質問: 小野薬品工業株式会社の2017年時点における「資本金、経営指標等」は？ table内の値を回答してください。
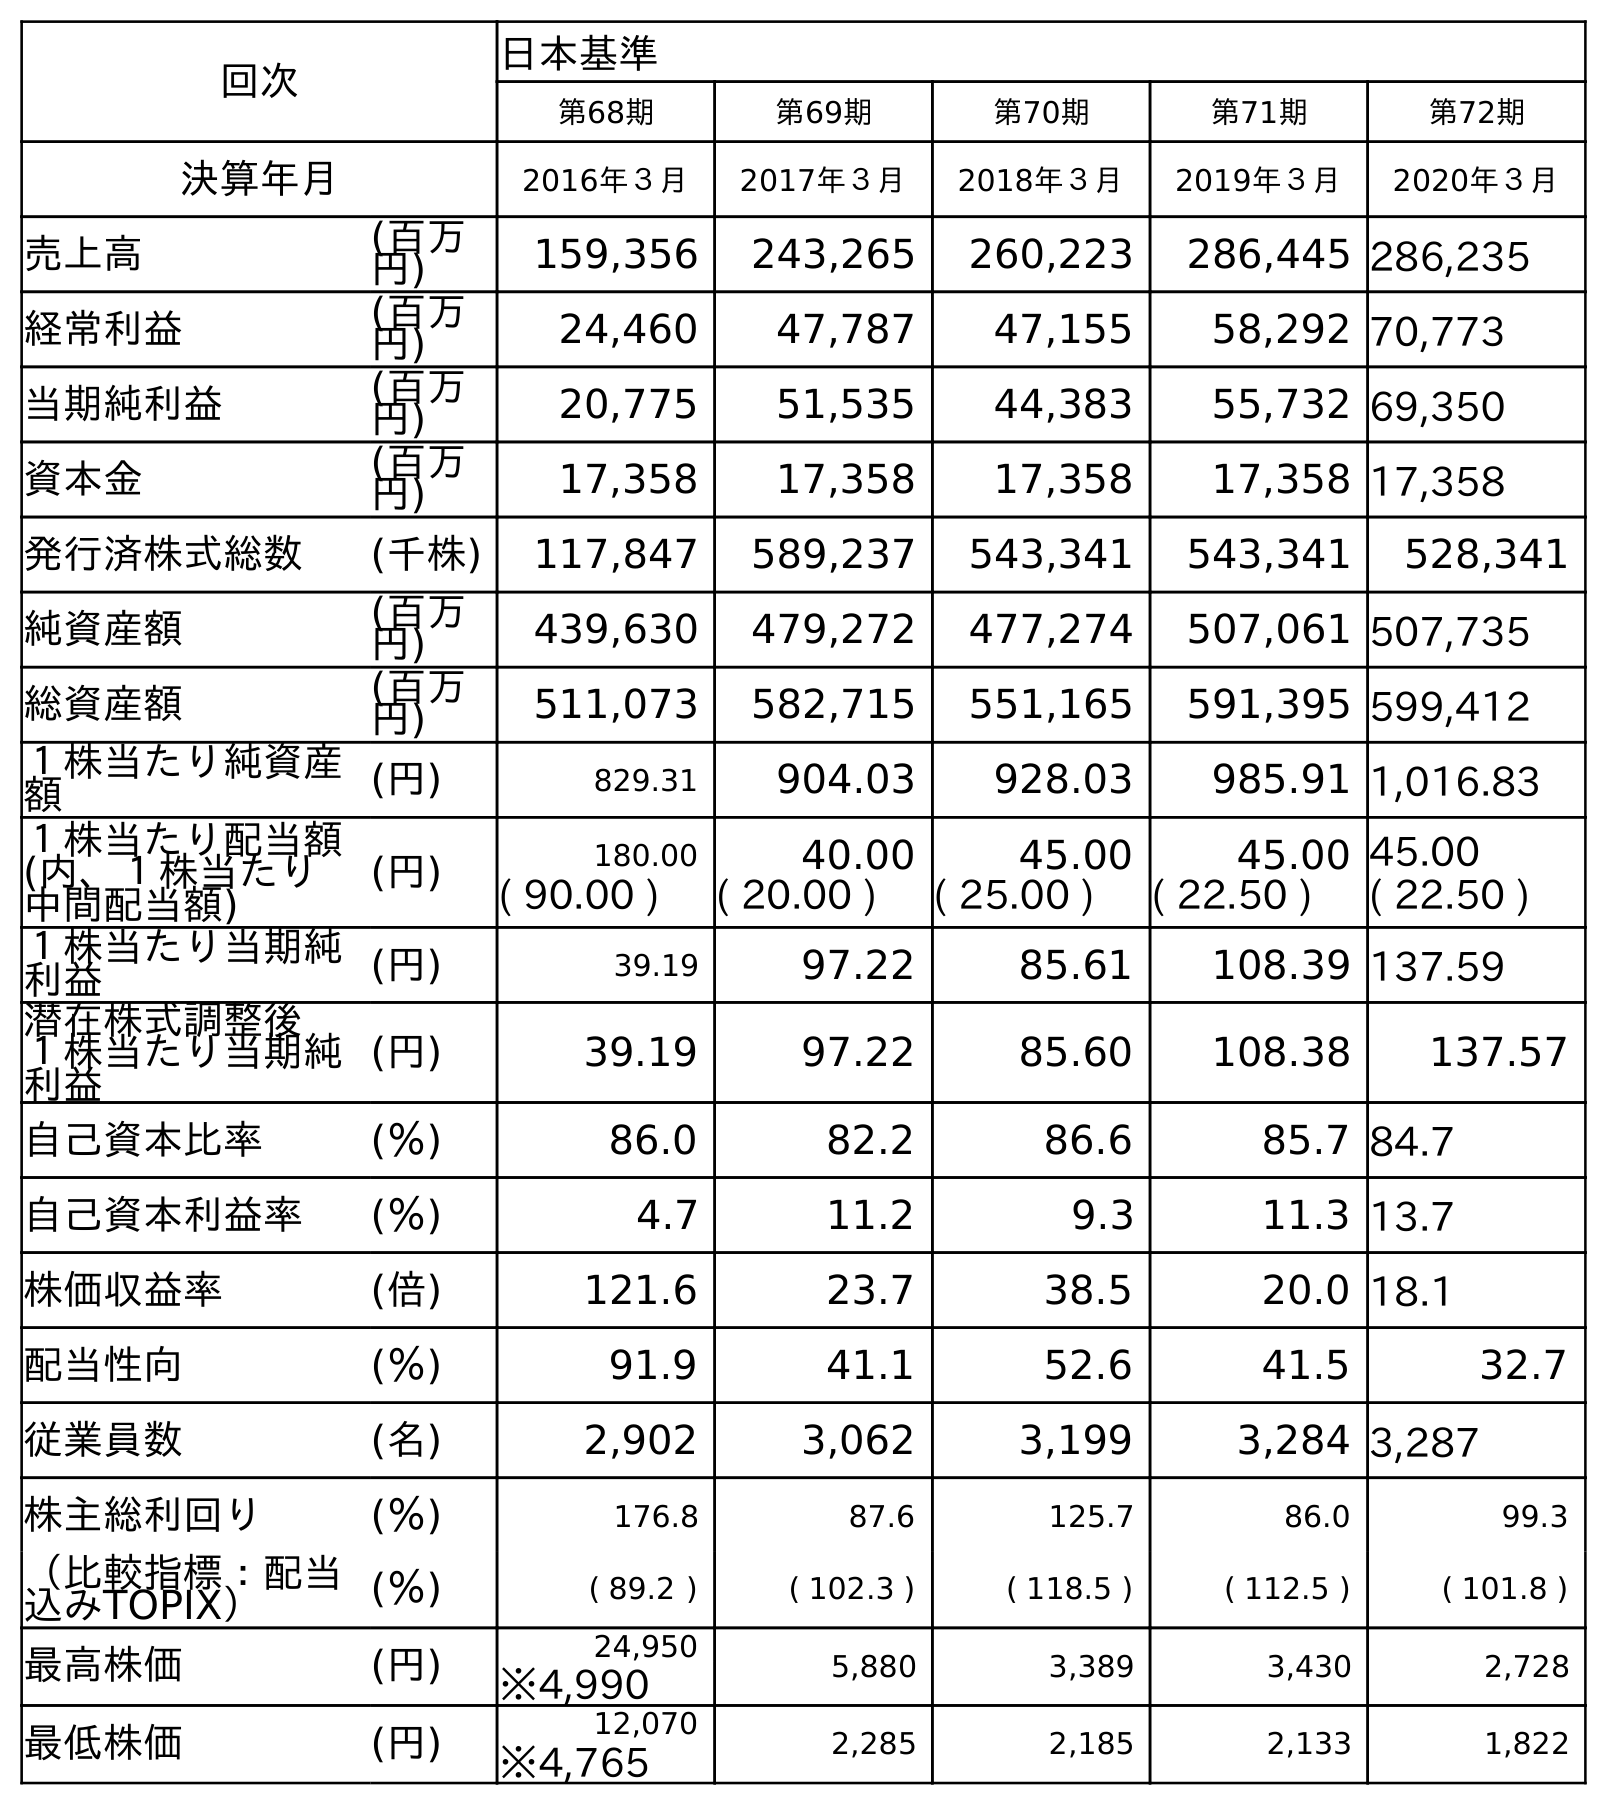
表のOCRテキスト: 回次 日本基準 第68期 第69期 第70期 第71期 第72期 決算年月 2016年３月 2017年３月 2018年３月 2019年３月 2020年３月 売上高 (百万 円) 159,356 243,265 260,223 286,445 286,235 経常利益 (百万 円) 24,460 47,787 47,155 58,292 70,773 当期純利益 (百万 円) 20,775 51,535 44,383 55,732 69,350 資本金 (百万 円) 17,358 17,358 17,358 17,358 17,358 発行済株式総数 (千株) 117,847 589,237 543,341 543,341 528,341 純資産額 (百万 円) 439,630 479,272 477,274 507,061 507,735 総資産額 (百万 円) 511,073 582,715 551,165 591,395 599,412 １株当たり純資産 額 (円) 829.31 904.03 928.03 985.91 1,016.83 １株当たり配当額 (内、１株当たり 中間配当額) (円) 180.00 40.00 45.00 45.00 45.00 ( 90.00 ) ( 20.00 ) ( 25.00 ) ( 22.50 ) ( 22.50 ) １株当たり当期純 利益 (円) 39.19 97.22 85.61 108.39 137.59 潜在株式調整後 １株当たり当期純 利益 (円) 39.19 97.22 85.60 108.38 137.57 自己資本比率 (％) 86.0 82.2 86.6 85.7 84.7 自己資本利益率 (％) 4.7 11.2 9.3 11.3 13.7 株価収益率 (倍) 121.6 23.7 38.5 20.0 18.1 配当性向 (％) 91.9 41.1 52.6 41.5 32.7 従業員数 (名) 2,902 3,062 3,199 3,284 3,287 株主総利回り (％) 176.8 87.6 125.7 86.0 99.3 （比較指標：配当 込みTOPIX） (％) ( 89.2 ) ( 102.3 ) ( 118.5 ) ( 112.5 ) ( 101.8 ) 最高株価 (円) 24,950 5,880 3,389 3,430 2,728 ※4,990 最低株価 (円) 12,070 2,285 2,185 2,133 1,822 ※4,765
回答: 17,358